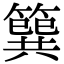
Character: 簨